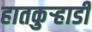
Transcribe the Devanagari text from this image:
हातकुर्‍हाडी